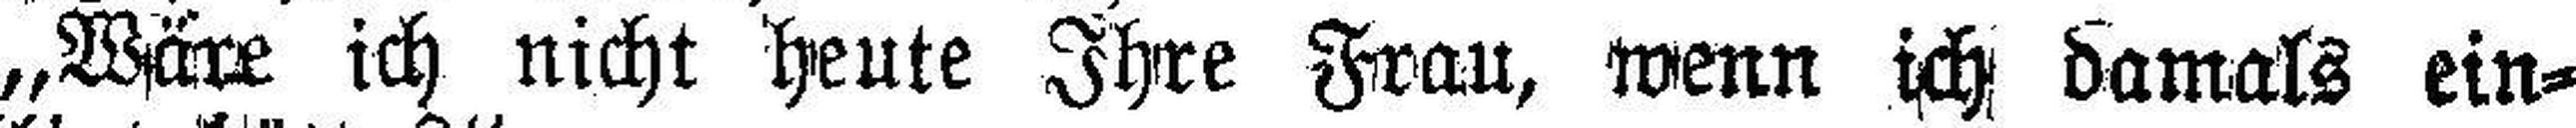
„Wäre ich nicht heute Ihre Frau, wenn ich damals ein¬